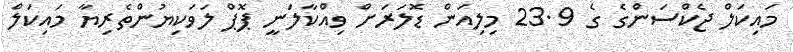
މައިކަލް ޖެކްސަންގެ ގެ 23.9 މިލިއަން ޑޮލަރަށް ވިއްކާލަނީ ޕޮޕް ލަވަކިޔުންތެރިޔާ މައިކަލް